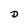
Character: D